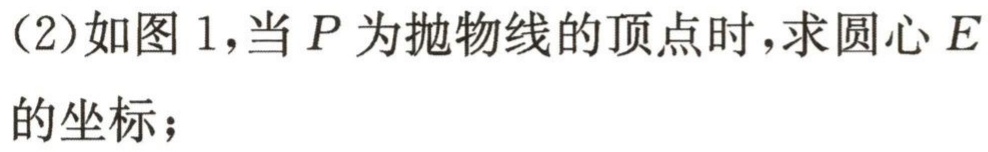
(2)如图1，当\(P\)为抛物线的顶点时，求圆心\(E\)的坐标；